Civil Veterinary Department. Central Provinces & Berar 1925-31 - 1925-1931
Year: 1925
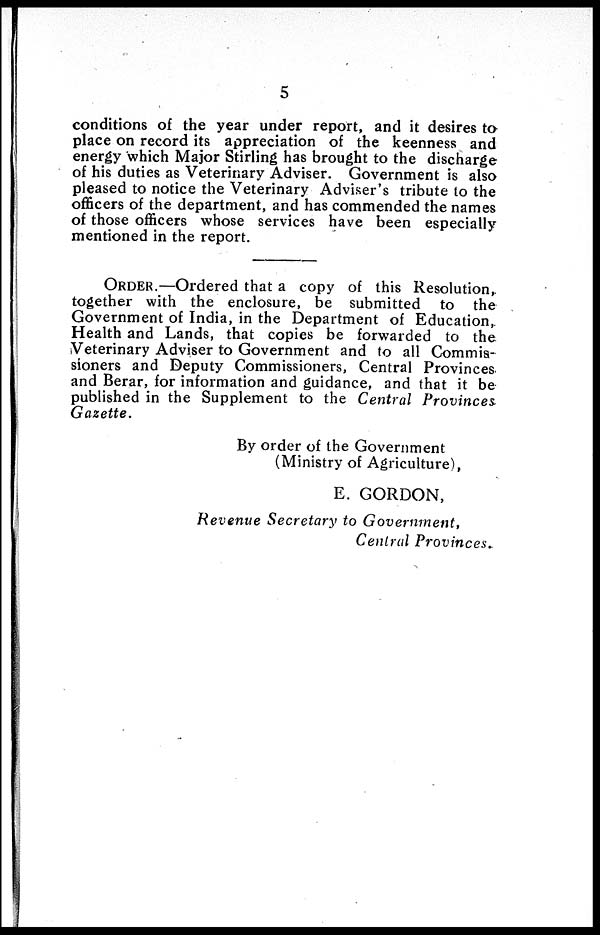
5
conditions of the year under report, and it desires to
place on record its appreciation of the keenness and
energy which Major Stirling has brought to the discharge
of his duties as Veterinary Adviser. Government is also
pleased to notice the Veterinary Adviser's tribute to the
officers of the department, and has commended the names
of those officers whose services have been especially
mentioned in the report.
ORDER.—Ordered that a copy of this Resolution,
together with the enclosure, be submitted to the
Government of India, in the Department of Education,
Health and Lands, that copies be forwarded to the
Veterinary Adviser to Government and to all Commis-
sioners and Deputy Commissioners, Central Provinces
and Berar, for information and guidance, and that it be
published in the Supplement to the Central Provinces
Gazette.
By order of the Government
(Ministry of Agriculture),
E. GORDON,
Revenue Secretary to Government,
Central Provinces.